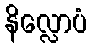
နိလ္လောပံ